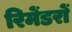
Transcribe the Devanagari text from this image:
रिमेंडरों